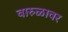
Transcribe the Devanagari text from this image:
वारुळावर